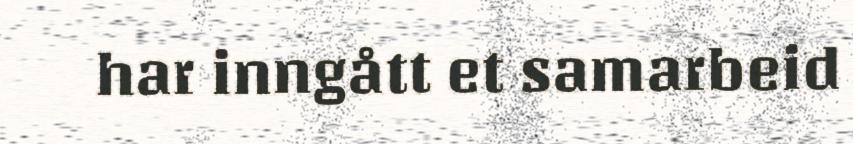
har inngått et samarbeid